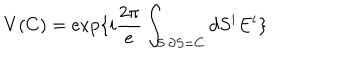
V ( C ) = \exp \{ i \frac { 2 \pi } { e } \int _ { S : \partial S = C } d S ^ { i } E ^ { i } \}